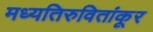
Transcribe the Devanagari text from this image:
मध्यतिरुवितांकूर